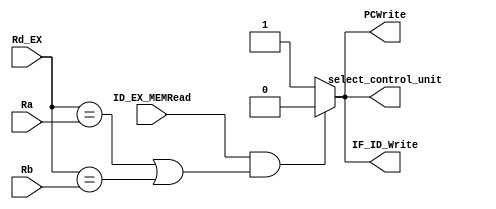
module Stalling_logic(ID_EX_MEMRead,Rd_EX,Ra,Rb,PCWrite,IF_ID_Write,select_control_unit);
input ID_EX_MEMRead;
input [4:0]Rd_EX,Ra,Rb;
output reg PCWrite,IF_ID_Write,select_control_unit;

always@* 
    if((ID_EX_MEMRead & ((Rd_EX==Ra) || (Rd_EX==Rb))) )
        begin
            PCWrite<=0;          //stalls fetch, decode and control unit 
            IF_ID_Write<=0;
            select_control_unit<=0;
        end
    else 
        begin
            PCWrite<=1;
            IF_ID_Write<=1;
            select_control_unit<=1;
        end
endmodule